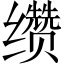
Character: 缵